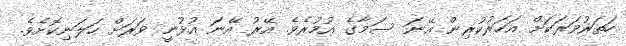
ހަތަރުވަރަކަށް އަހަރުކުރިން އޭނަ ސަމާގެ އުމުރެވެ. އޭރު އޭނަ އުޅުނީ ވަރަށް ހަލަނިކޮށެވެ.